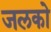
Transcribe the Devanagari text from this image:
जलको